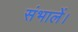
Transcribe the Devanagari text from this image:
संभालें।